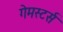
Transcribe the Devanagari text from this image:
गेमस्टर्स